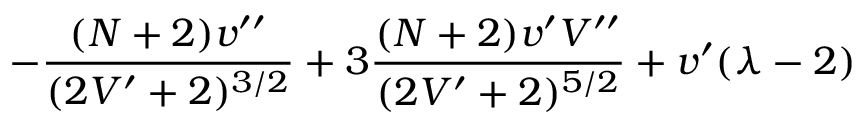
- \frac { ( N + 2 ) v ^ { \prime \prime } } { ( 2 V ^ { \prime } + 2 ) ^ { 3 / 2 } } + 3 \frac { ( N + 2 ) v ^ { \prime } V ^ { \prime \prime } } { ( 2 V ^ { \prime } + 2 ) ^ { 5 / 2 } } + v ^ { \prime } ( \lambda - 2 )